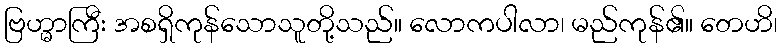
ဗြဟ္မာကြီး အစရှိကုန်သောသူတို့သည်။ လောကပါလာ၊ မည်ကုန်၏။ တေဟိ၊